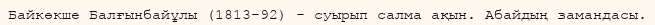
Байкөкше Балғынбайұлы (1813-92) - суырып салма ақын. Абайдың замандасы.